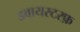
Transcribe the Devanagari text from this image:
डवायस्टरफ़